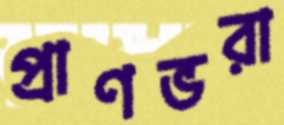
প্রাণভরা